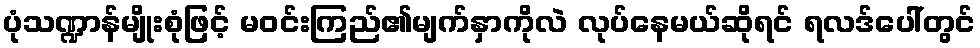
ပုံသဏ္ဍာန်မျိုးစုံဖြင့် မဝင်းကြည်၏မျက်နှာကိုလဲ လုပ်နေမယ်ဆိုရင် ရလဒ်ပေါ်တွင်